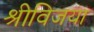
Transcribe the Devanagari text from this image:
श्रीविजया